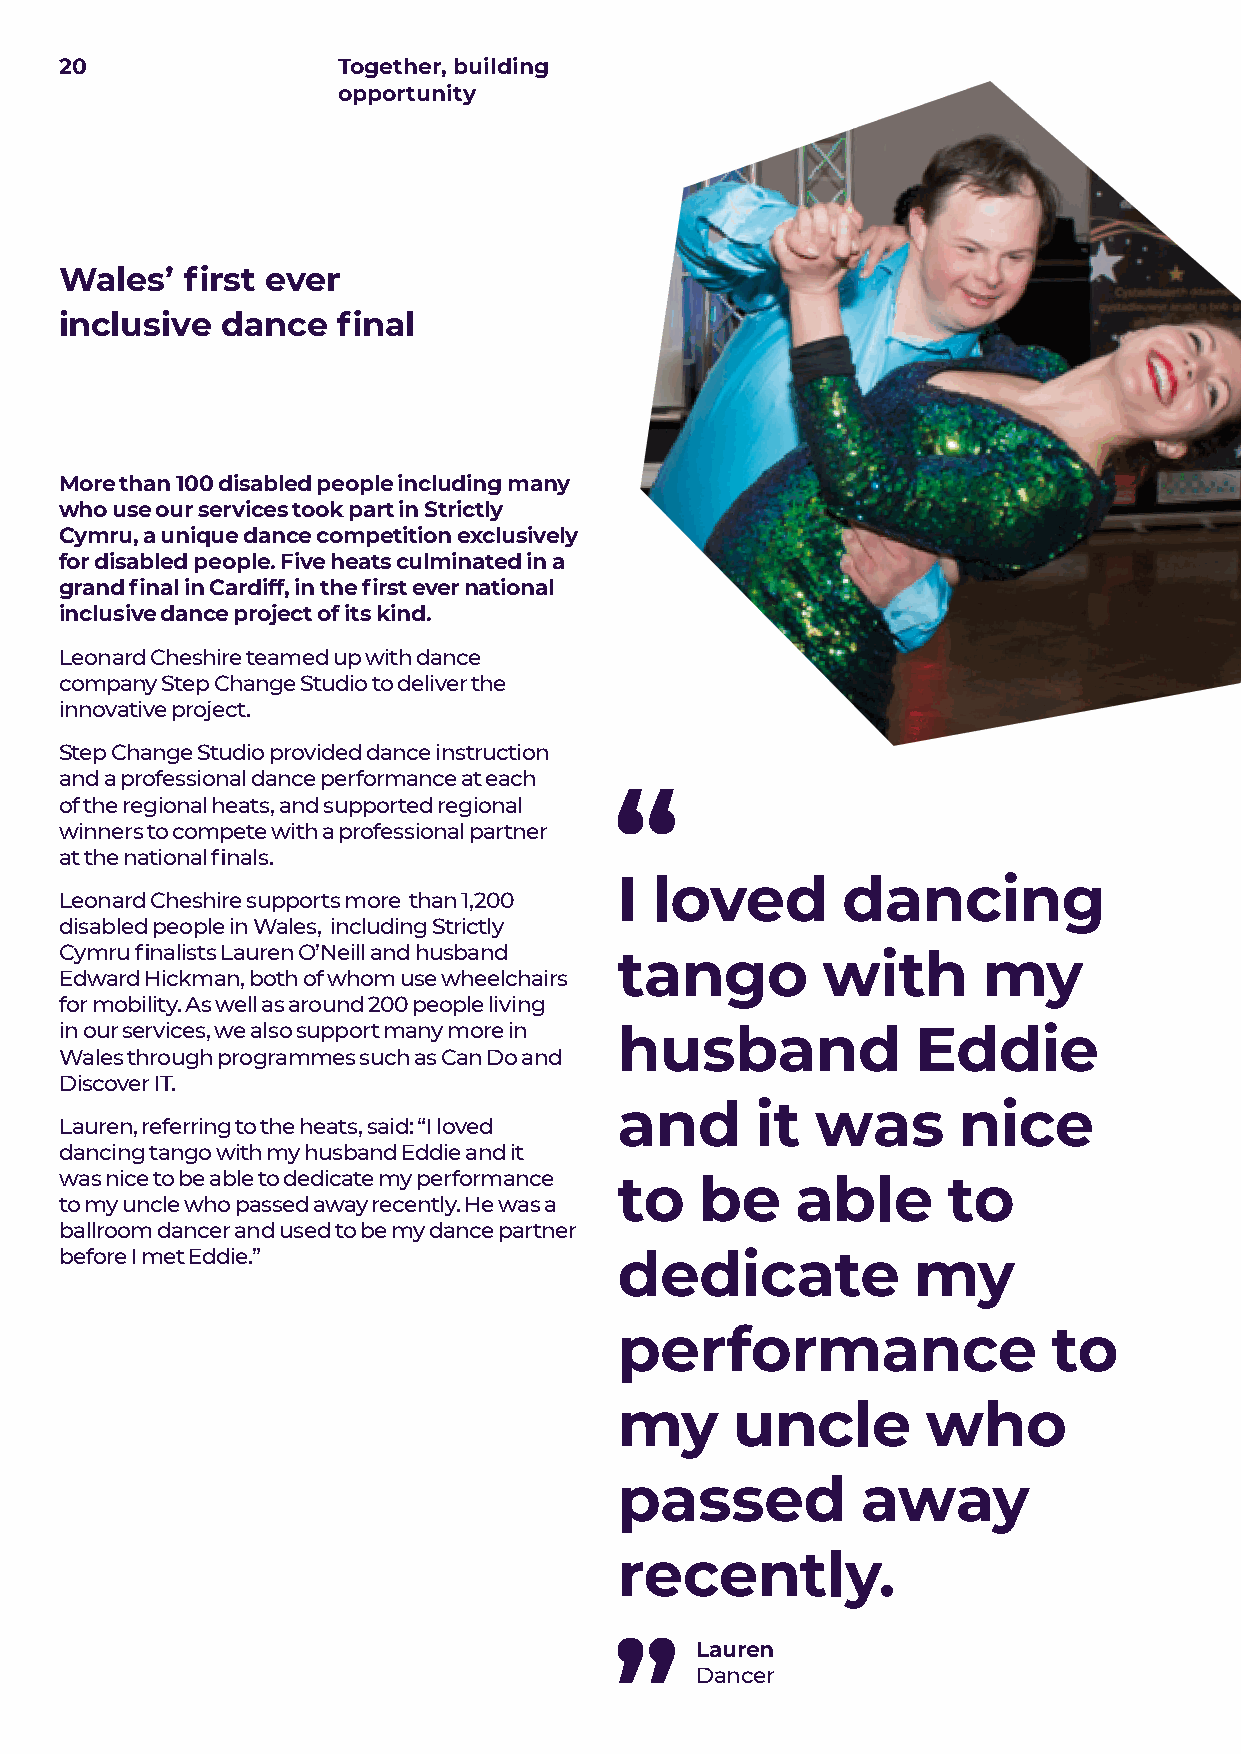
20                Together, building
 opportunity
 Wales’  first ever
 inclusive  dance  final
 More than 100 disabled people including many
 who use our services took part in Strictly
 Cymru, a unique dance competition exclusively
 for disabled people. Five heats culminated in a
 grand final in Cardiff, in the first ever national
 inclusive dance project of its kind.
 Leonard Cheshire teamed up with dance
 company Step Change Studio to deliver the
 innovative project.
 Step Change Studio provided dance instruction
 and a professional dance performance at each
 of the regional heats, and supported regional
 winners to compete with a professional partner
 at the national finals.
 I loved        dancing
 Leonard Cheshire supports more than 1,200
 disabled people in Wales, including Strictly
 Cymru finalists Lauren O’Neill and husband tango  with       my
 Edward Hickman, both of whom use wheelchairs
 for mobility. As well as around 200 people living
 in our services, we also support many more in husband    Eddie
 Wales through programmes such as Can Do and
 Discover IT.
 and      it  was      nice
 Lauren, referring to the heats, said: “I loved
 dancing tango with my husband Eddie and it
 was nice to be able to dedicate my performance to be able  to
 to my uncle who passed away recently. He was a
 ballroom dancer and used to be my dance partner
 before I met Eddie.”                 dedicate           my
 performance                  to
 my     uncle        who
 passed          away
 recently.
 Lauren
 Dancer